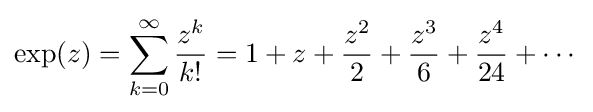
\exp(z)=\sum _{k=0}^{\infty }{z^{k} \over k!}=1+z+{z^{2} \over 2}+{z^{3} \over 6}+{z^{4} \over 24}+\cdots